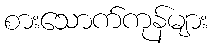
စားသောက်ကုန်များ